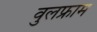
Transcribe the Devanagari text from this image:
वुलफ्राम